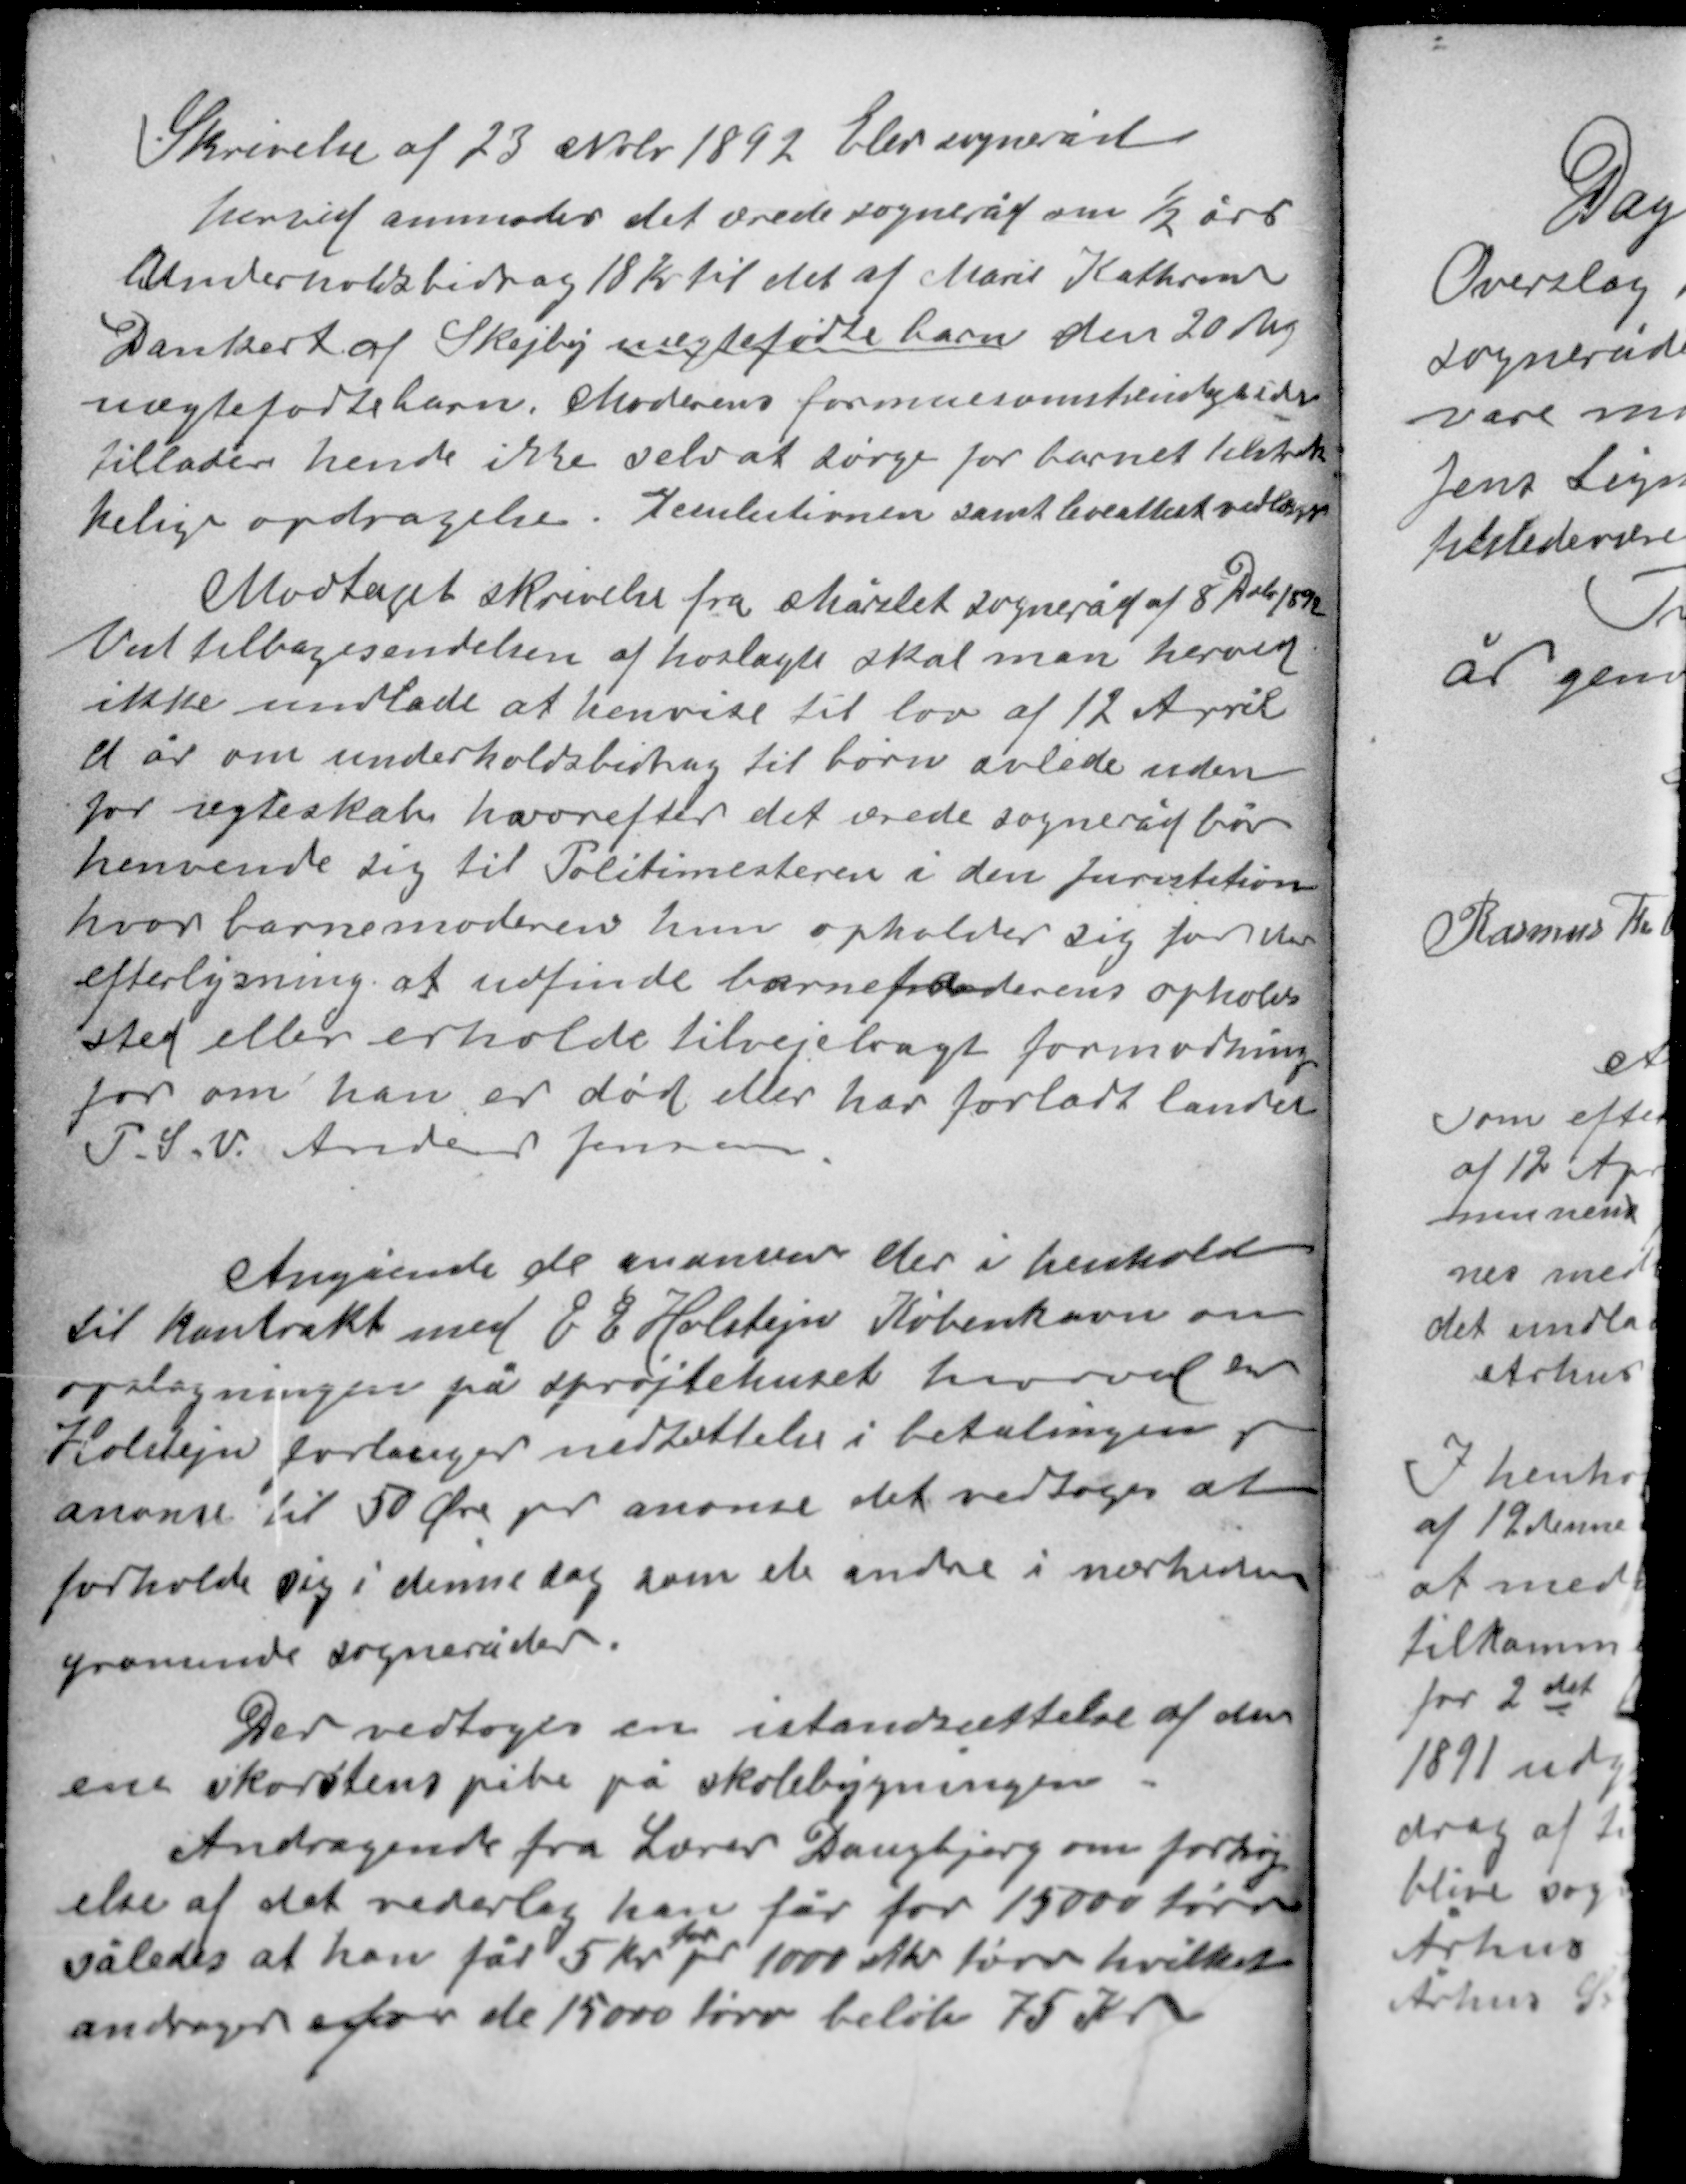
Transskription:
Skrivelse af 23 Nobr 1892 Elev sogneråd
herved anmodes det ærede sogneråd om ½ års
Underholdsbidrag 18 Kr til det af Marie Kathrine
Dankert af Skejby uægtefødte barn den 20 Maj
uægtefødte barn. Moderens formuesomstændigheder
tillader hende ikke selv at sørge for barnet tilstræk-
kelige opdragelse. Resulutionen samt leveattest vedlægges

Modtaget skrivelse fra Mårslet sogneråd af 8 Debr 1892
Ved tilbagesendelsen af hoslagte skal man herved
ikke undlade at henvise til lov af 12 April
d år om underholdsbidrag til børn avlede uden
for ægteskab hvorefter det ærede sogneråd bør
henvende sig til Politimesteren i den Juristition
hvor barnemoderen hun opholder sig for den
efterlysning at udfinde barnefaderens opholds-
sted eller erholde tilvejebragt formodning
for om han er død eller har forladt landet
P. S. V. Anders Jensen

Angåene de anoncer der i henhold
til kontrakt med E G Holstejn København om
opslagningen på sprøjtehuset hvorved
Holstejn forlanger nedsættelse i betalingen pr
anonce til 50 Øre pr anonce det vedtoges at
forholde sig i denne sag som de andre i nærheden
prominde sognerådet.

Der vedtoges en istandsættelse af den
ene skorstens pibe på skolebygningen.
Andragende fra Lærer Daugbjerg om forhøj-
else af det vederlag han får for 15000 tørv
for
således at han får 5 kr pr 1000 stk tørv hvilket
andrager for de 15000 tørv beløb 75 Kr